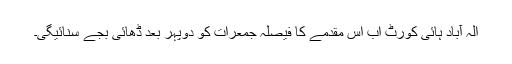
الہ آباد ہائی کورٹ اب اس مقدمے کا فیصلہ جمعرات کو دوپہر بعد ڈھائی بجے سنائيگی۔